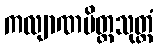
ကလျာဏမိတ္တသုတ္တံ